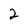
Character: 2